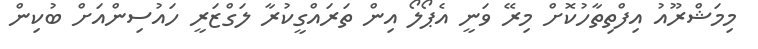
މިމަޝްރޫއު އިފްތިތާހުކޮށް މިރޭ ވަނީ އެޕޯލޯ އިން ތަަރައްގީކުރާ ލަގްޒަރީ ހައުސިންއަށް ބުކިން